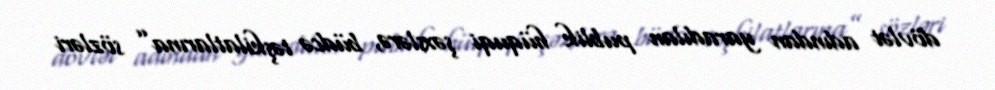
dövlət adından yaradılan publik hüquqi şəxslərə, büdcə təşkilatlarına” sözləri